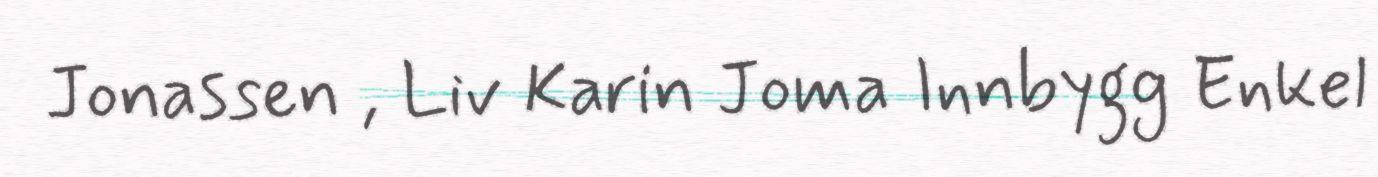
Jonassen , Liv Karin Joma Innbygg Enkel